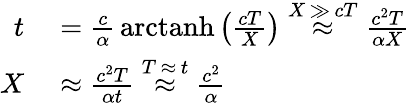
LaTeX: \begin{array}{rl}{t}&{{}={\frac{c}{\alpha}}\operatorname{arctanh}\left({\frac{cT}{X}}\right)\; {\overset{X\, \gg\, cT}{\approx}}\; {\frac{c^{2}T}{\alpha X}}}\\ {X}&{{}\approx{\frac{c^{2}T}{\alpha t}}\; {\overset{T\, \approx\, t}{\approx}}\; {\frac{c^{2}}{\alpha}}}\end{array}